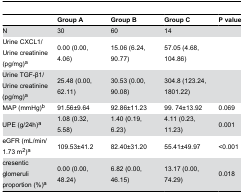
|  | Group A | Group B | Group C | P value |
 | --- | --- | --- | --- | --- |
 | N | 30 | 60 | 14 |  |
 | Urine CXCL1/Urine creatinine (pg/mg)a | 0.00 (0.00, 4.06) | 15.06 (6.24, 90.77) | 57.05 (4.68, 104.86) |  |
 | Urine TGF-β1/Urine creatinine (pg/mg)a | 25.48 (0.00, 62.11) | 30.53 (0.00, 90.08) | 304.8 (123.24, 1801.22) |  |
 | MAP (mmHg)b | 91.56±9.64 | 92.86±11.23 | 99. 74±13.92 | 0.069 |
 | UPE (g/24h)a | 1.08 (0.32, 5.58) | 1.40 (0.19, 6.23) | 4.11 (0.23, 11.23) | 0.001 |
 | eGFR (mL/min/1.73 m2)a | 109.53±41.2 | 82.40±31.20 | 55.41±49.97 | <0.001 |
 | cresentic glomeruli proportion (%)a | 0.00 (0.00, 48.24) | 6.82 (0.00, 46.15) | 13.17 (0.00, 74.29) | 0.018 |